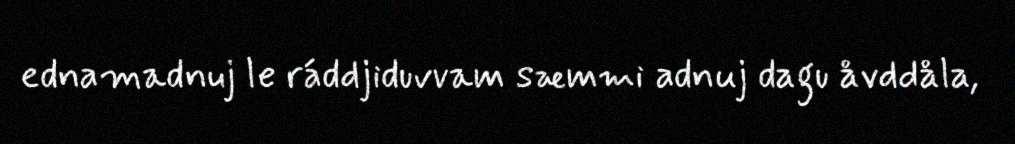
ednamadnuj le ráddjiduvvam sæmmi adnuj dagu åvddåla,